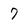
Character: 7